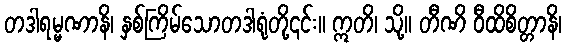
တဒါရမ္မဏာနိ၊ နှစ်ကြိမ်သောတဒါရုံတို့၎င်း။ ဣတိ၊ သို့။ တီဏိ ဝီထိစိတ္တာနိ၊